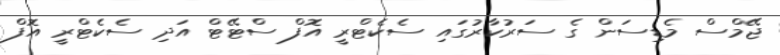
ޖޭމްސް މެޑިސަން ގެ ސަރުކާރުގައި ސެކެޓްރީ އޮފް ސްޓޭޓް އަދި ސެކެޓްރީ އޮފް